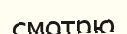
смотрю